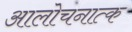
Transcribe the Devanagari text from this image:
आलोचनात्क